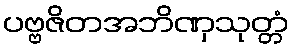
ပဗ္ဗဇိတအဘိဏှသုတ္တံ